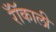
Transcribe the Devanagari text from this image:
रॉँकाली